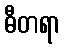
ဓီတရာ